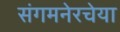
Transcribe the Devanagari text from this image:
संगमनेरचेया